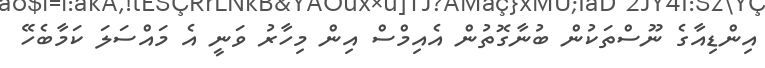
އިންޑިއާގެ ނޫސްތަކުން ބުނާގޮތުން އެއިމްސް އިން މިހާރު ވަނީ އެ މައްސަލަ ކަމާބެހޭ